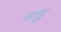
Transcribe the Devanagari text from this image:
बाडु